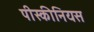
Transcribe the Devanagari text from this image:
पीस्कीनियस